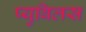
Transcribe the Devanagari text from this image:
प्युबिलस